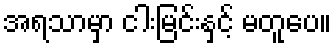
အရသာမှာ ငါးမြင်းနှင့် မတူပေ။